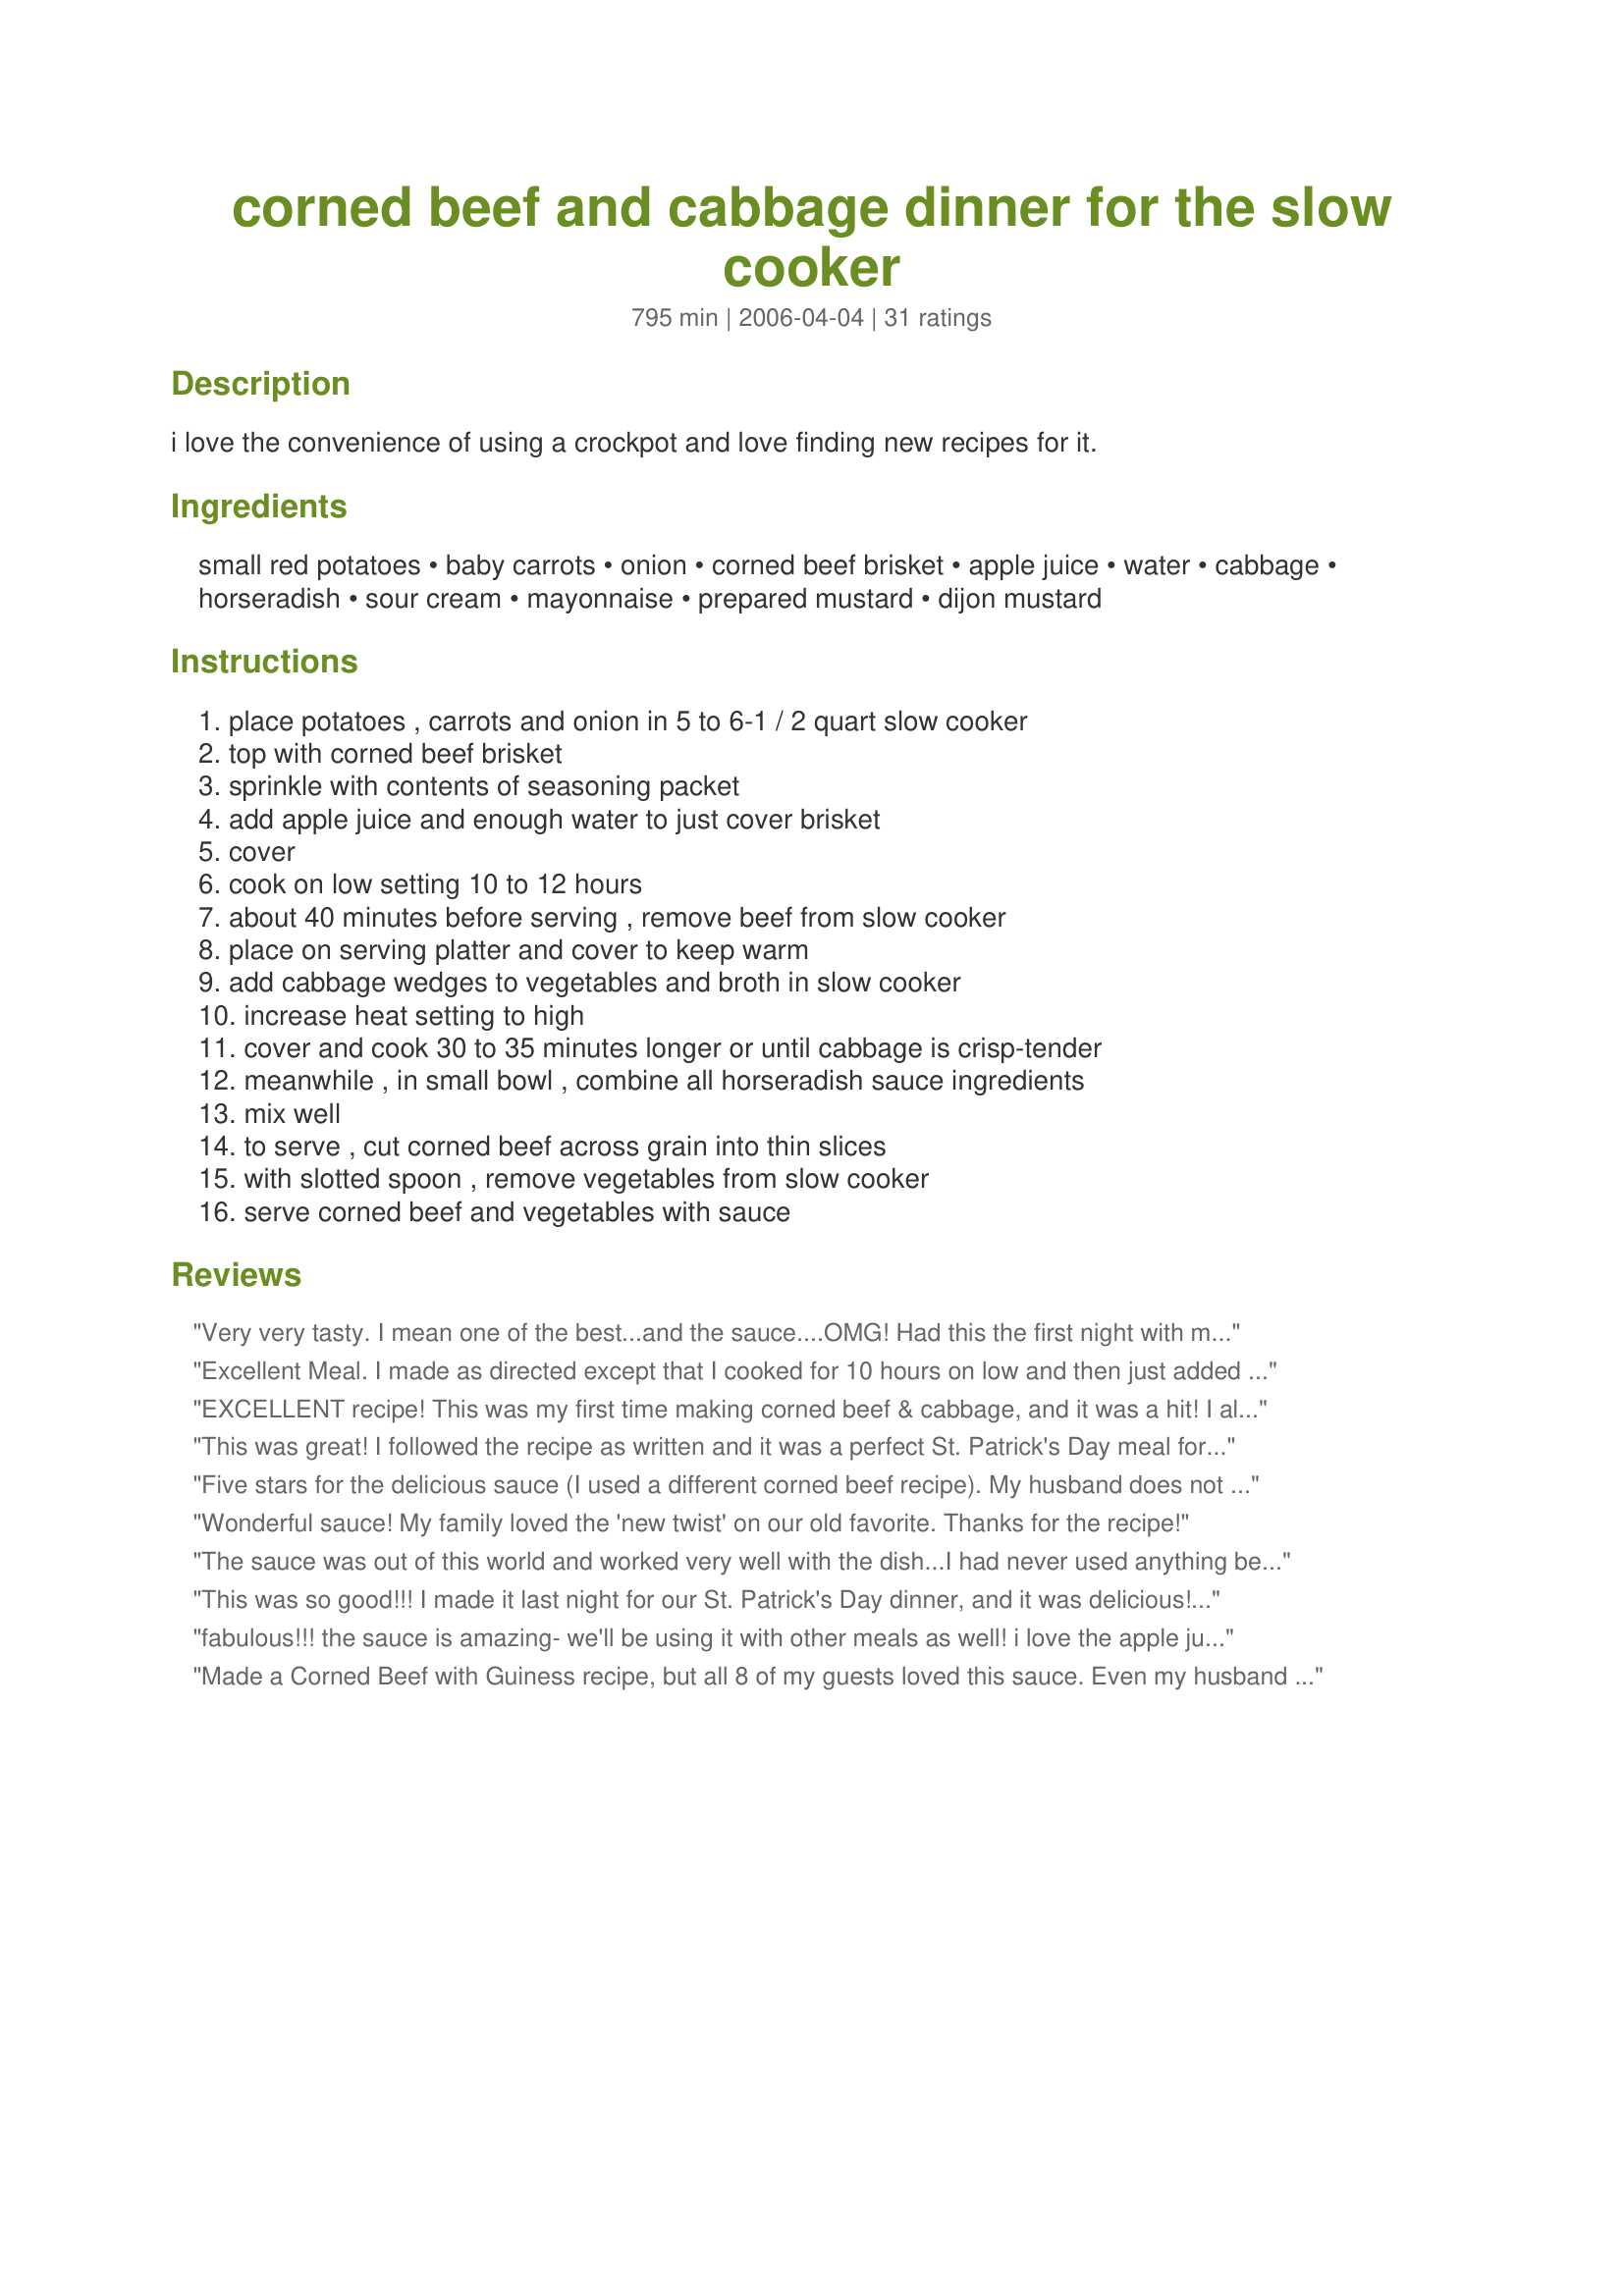
corned beef and cabbage dinner for the slow cooker
Preparation time: 795 minutes

i love the convenience of using a crockpot and love finding new recipes for it.

Ingredients:
small red potatoes, baby carrots, onion, corned beef brisket, apple juice, water, cabbage, horseradish, sour cream, mayonnaise, prepared mustard, dijon mustard

Steps:
place potatoes , carrots and onion in 5 to 6-1 / 2 quart slow cooker, top with corned beef brisket, sprinkle with contents of seasoning packet, add apple juice and enough water to just cover brisket, cover, cook on low setting 10 to 12 hours, about 40 minutes before serving , remove beef from slow cooker, place on serving platter and cover to keep warm, add cabbage wedges to vegetables and broth in slow cooker, increase heat setting to high, cover and cook 30 to 35 minutes longer or until cabbage is crisp-tender, meanwhile , in small bowl , combine all horseradish sauce ingredients, mix well, to serve , cut corned beef across grain into thin slices, with slotted spoon , remove vegetables from slow cooker, serve corned beef and vegetables with sauce

Reviews:
Very very tasty. I mean one of the best...and the sauce....OMG! Had this the first night with my husband we were in heaven. The second night shared leftovers with some friends who dropped by unexpectedly we devoured it.
Excellent Meal. I made as directed except that I cooked for 10 hours on low and then just added the cabbage without removing meat. Cooked on high for 45 minutes. It was so good I even forgot to take a picture:( Thanks carolinafan.
EXCELLENT recipe! This was my first time making corned beef & cabbage, and it was a hit! I also didn't have apple juice when I started, so I sliced up 1 small apple and added to veggies at the outset, then added 1 C apple juice when I went to the store. turned out great. The horseradish sauce? AMAZING! Thank you for posting this recipe!
This was great! I followed the recipe as written and it was a perfect St. Patrick's Day meal for dinner. The horseradish sauce is really yummy! We will definitely have this again.
Five stars for the delicious sauce (I used a different corned beef recipe). My husband does not like horseradish, but he absolutely loved this sauce. I'm sure it would be wonderful with other meats also.
Wonderful sauce! My family loved the 'new twist' on our old favorite. Thanks for the recipe!
The sauce was out of this world and worked very well with the dish...I had never used anything before with Corned Beef except mustard...but now I will not use anything but this sauce. Bravo!
This was so good!!! I made it last night for our St. Patrick's Day dinner, and it was delicious!! The veggies were good heated up later that night, and again for supper tonight. I'm not a fan of horseradish, so we skipped the sauce. My entire family loved it. Thanks for posting it!!
fabulous!!! the sauce is amazing- we'll be using it with other meals as well! i love the apple juice- everything i found included beer and we needed something alcohol-free. thanks!
Made a Corned Beef with Guiness recipe, but all 8 of my guests loved this sauce. Even my husband who doesn't like mustard or horseradish was eating this sauce. Yummy!
This rating is for the horseradish cream sauce alone as I cooked my corned beef in Guinness this year. But oh my goodness, this sauce was so yummy. My husband and I loved it and were coming up with all the different things it would bo good on! Thanks!
To begin with, I had a brisket mistakenly thawed out. Had to cook it and had no plans. I found this recipe. No apple juice, no beer even. I used low sodium vegetable broth. Had no prepared mustard, so added a smidge more dijon mustard and a smidge more mayo and a little ground black pepper for fun. Came home from work, house smelled amazing. It was about 10 hours. The meat was fork tender. I removed the brisket, added the cabbage. 50 minutes later, we were eating. The beef brisket was tender, the veggies near perfect. The cabbage needed a little more cooking, but was good. The sauce was amazing. I am going to try it with the right mustards. My husband loved it and he's not really a mustard or horseradish fan. Thanks, Carolinafan, for the winner recipe. This one's a keeper!
This was decent. The amount of water could have been cut way down, and the veggies needed to be cooked longer on high to be tender. The sauce was fabulous, though!
I just want to comment on the Horseradish sauce.. it was fantasic and out of this world! it made the greatest addition to the corned beef other than the same ole' brown mustard I have used for years. I tripled the recipe and handed it out to all my family members to try and just got a phone call that it's pretty much gone! everyone went crazy for it! many thanks! and we will certainly add it every year!
This was delicious and the sauce was out of this world!
Carolinafan,I was happy I choose this for St.Pat's day this week.the dish turned out just fine although I forgot to do the sauce..Have kept the sauce in my other book and will use with roast beef next time.Cheers....Don
I will never make a boiled dinner any other way, now that I have this recipe! Thank you for sharing!!!
Hello! I want to thank you for a marvelous corned beef dinner for our Saturday! There are a couple things that are different than your recipe. First, I didn't have any apple juice, so I used beef broth/water and sliced up a couple of apples to cook with the brisket. I didn't have any carrots, so I just left them out of the dinner, but not purposely. I just didn't have time to run out to get carrtos, and I wanted to get the dinner into the pot. Instead of red potatoes, my SO wanted mashed, so I cooked 5 regular, peeled potatoes and mashed them. I hope that is okay. Other than that, I followed the recipe basically the same way. The horseradish sauce added a delicious twist to the beef and cabbage! Thank you again, and this will be seen in my crock-pot again and again! :)
This was really good! I used (cheap) beer since I didn't have apple juice and I kind of missed seeing the part about adding enough water to just cover the meat, not that I could have in my too-small crock pot.

I had a 3 lb brisket and cooked it for about 7 1/2 hours, the last 2 hours on High. It was absolutely the most tender corned beef I've ever made.

It was the first time my son had had corned beef and cabbage- now he and the husband are arguing over who gets the leftovers, what little there are.
Delish !!!!!!!!!!!!!!! My go to recipe.
Since I had previous commitments on St. Patrick's Day until 10PM, I put this on for my sons. One was home too early to prepare the cabbage steps, the other one only arrived home not long before I did. I ended up doing the cabbage steps and we ate at 11PM. <br/>It was wonderful. I really don't like it when people change up so many ingredients and then rate it. It isn't the same recipe, but...I had missed the apple juice and used applesauce. The beef was very tasty, as were the vegetables.
This was pretty good, the reason for the 4 stars... I had a 2 1/2 lb brisket and 1/4 my potatoes etc. but after 8 hours they were way overdone. The onions were mushy and the potatoes. Everything else was great, next time I will cut down the cooking time.
I have to admit that I'm not completely finished cooking (just put the cabbage in) but the corned beef is tender and flavorful and the horseradish sauce is awesome. Easy to put together, easy-to-find ingredients. Will definitely be a yearly tradition.
This was really good. The first time I have ever made corned beef on my own!
Easy &amp; delicious. I used apple cider vinegar instead of apple juice. I also soaked the corned beef in water for about an hour before I put it in the slow cooker to reduce the saltiness. The sauce is very good with or without the horseradish. This will be my go-to recipe for St. Patrick&#039;s Day from now on
Followed the recipe exactly. Turned out absolutely WONDERFUL! Great flavor to the meat and vegetables. The sauce is really really GREAT! Will use this simple recipe from now on for my corned beef. Thanks Carolinafan!
The five stars is for the sauce, everyone LOVED it, even my daughter who isn't a big fan of horseradish or mustard! That sauce is going to be a staple in my house from now on, would be great with all kinds of beef dishes. The corned beef cooking method was pretty standard, I jazzed it up quite a bit by adding two beers and beef bouillon broth to the apple juice to cover the meat instead of water. Cabbage did take longer than half an hour to be done enough for our tastes. Came out delicious, thanks!
This was EXCELLENT! My husband is an Irish man that LOVES corned beef and cabbage, and he had 4 extra servings! I changed the horseradish slightly, I used greek yogurt instead of mayo and sour cream, and left out the prepared mustard but added mustard seed. Great job!
Alright...this is it. The ULTIMATE corned beef and brisket. It was amazing! I bought the largest brisket I could find, and we gobbled up every bit! Thank you for sharing such a delicous recipe! The sauce was a huge hit. A keeper for sure! xo LA :-)
I liked the horseradish sauce and would make that again. The corned beef was just meh for me though. I like it with more spices and beer. The apple juice didn't do anything for me. I thought it was pretty watery and the veggies tasted bland. The only change I made was to use Russian fingerling potatoes instead of red, since I happened to have some on hand. It wasn't bad or anything, I'll just be trying something else next year.
This turned out well. I used the ingredients as listed in the recipe with the exception of water quantity (reduced). I actually cooked this overnight, so that it would be ready after Sunday Mass, and I just added the cabbage to the top of the pot before leaving the house without removing the corned beef- it was perfectly done when we returned an hour later. The sauce is great on sandwiches, too! Thanks for sharing.
